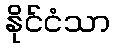
နိုင်ငံသာ